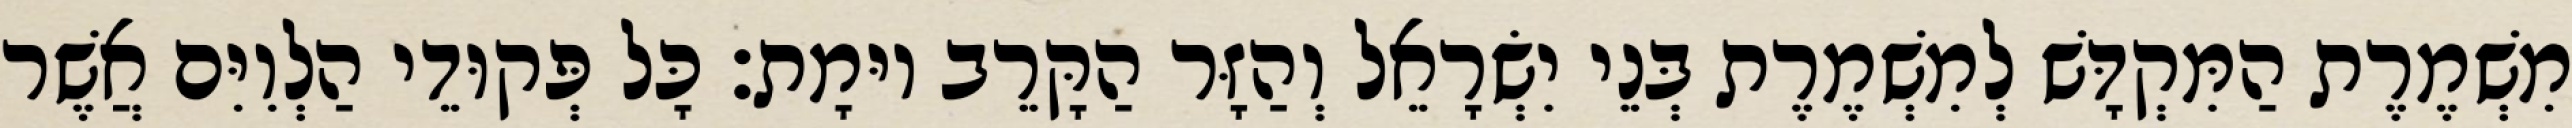
מִשְׁמֶרֶת הַמִּקְדָּשׁ לְמִשְׁמֶרֶת בְּנֵי יִשְׂרָאֵל וְהַזָּר הַקָּרֵב יוּמָת׃ כָּל פְּקוּדֵי הַלְוִיִּם אֲשֶׁר